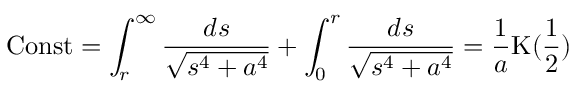
\mathrm { { C o n s t } } = \int _ { r } ^ { \infty } { \frac { d s } { \sqrt { s ^ { 4 } + a ^ { 4 } } } } + \int _ { 0 } ^ { r } { \frac { d s } { \sqrt { s ^ { 4 } + a ^ { 4 } } } } = \frac { 1 } { a } \mathrm { K } ( \frac { 1 } { 2 } )